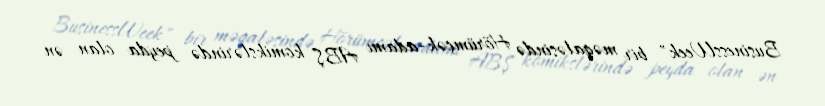
BusinessWeek" bir məqaləsində Hörümçək-adamı ABŞ komikslərində peyda olan ən